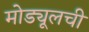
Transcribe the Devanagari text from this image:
मोड्यूलची